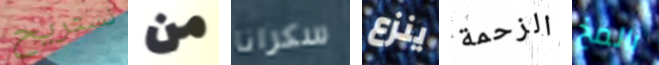
نستريح من سكرانا ينزع الزحمة بالمخ